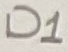
Text: D1